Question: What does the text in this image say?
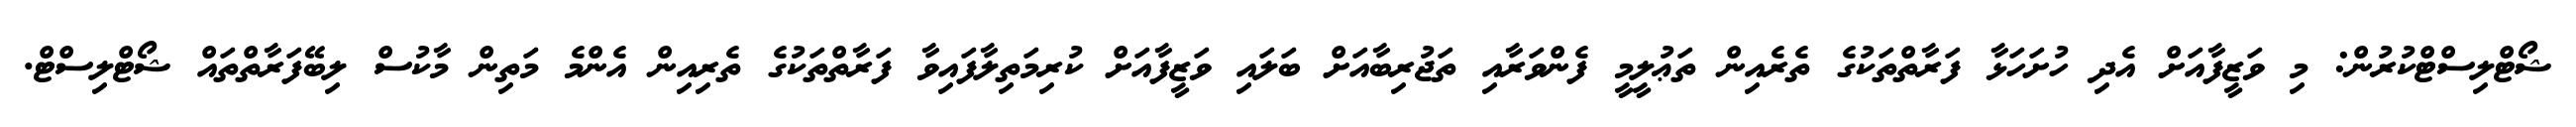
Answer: ޝޯޓްލިސްޓްކުރުން: މި ވަޒީފާއަށް އެދި ހުށަހަޅާ ފަރާތްތަކުގެ ތެރެއިން ތަޢުލީމީ ފެންވަރާއި ތަޖުރިބާއަށް ބަލައި ވަޒީފާއަށް ކުރިމަތިލާފައިވާ ފަރާތްތަކުގެ ތެރިއިން އެންމެ މަތިން މާކުސް ލިބޭފަރާތްތައް ޝޯޓްލިސްޓް.